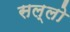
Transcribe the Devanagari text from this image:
सल्लो